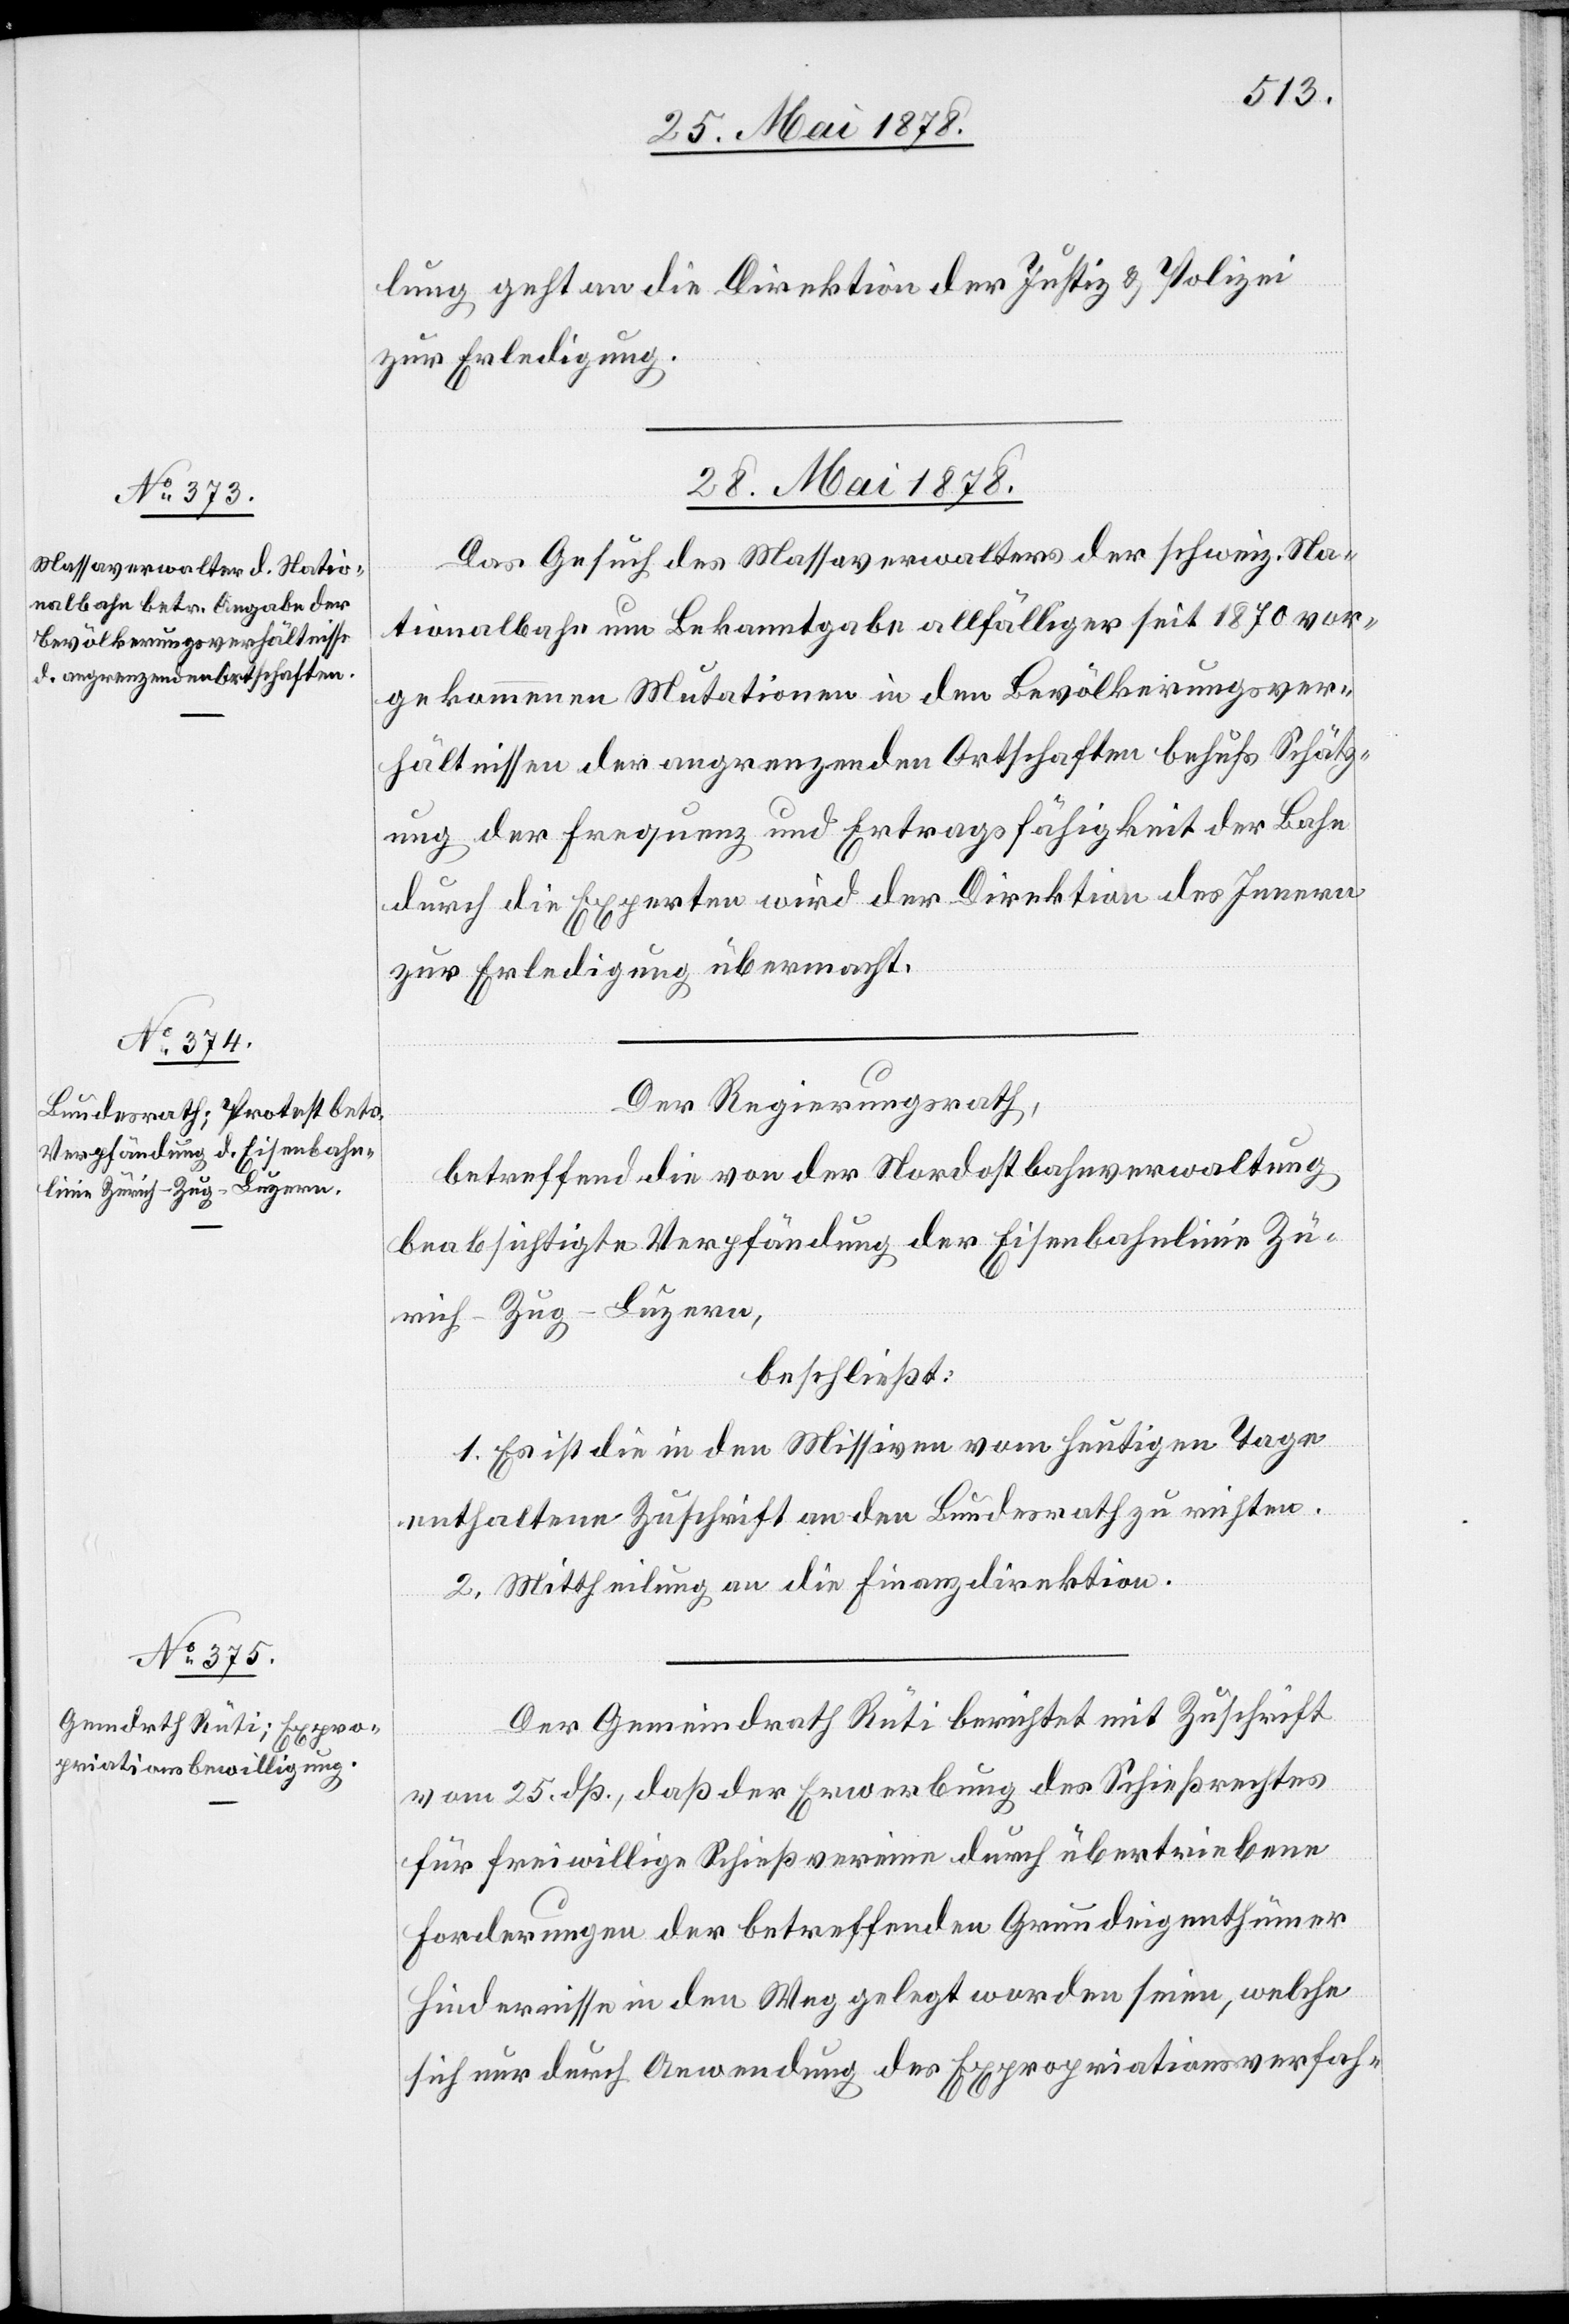
lung geht an die Direktion der Justiz & Polizei
zur Erledigung.
28. Mai 1878.]
Das Gesuch des Massaverwalters der schweiz. Na¬
tionalbahn um Bekanntgabe allfälliger seit 1870 vor¬
gekommenen Mutationen in den Bevölkerungsver¬
hältnissen der angrenzenden Ortschaften behufs Schätz¬
ung der Frequenz und Ertragsfähigkeit der Bahn
durch die Experten wird der Direktion des Innern
zur Erledigung übermacht.
Der Regierungsrath,
betreffend die von der Nordostbahnverwaltung
beabsichtigte Verpfändung der Eisenbahnlinie Zü¬
rich–Zug–Luzern,
beschließt:
1. Es ist die in den Missiven vom heutigen Tage
enthaltene Zuschrift an den Bundesrath zu richten.
2. Mittheilung an die Finanzdirektion.
Der Gemeindrath Rüti berichtet mit Zuschrift
vom 25. dß., daß der Erwerbung des Schießrechtes
für freiwillige Schießvereine durch übertriebene
Forderungen der betreffenden Grundeigenthümer
Hindernisse in den Weg gelegt worden seien, welche
sich nur durch Anwendung der Expropriationsverfah-